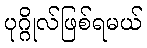
ပုဂ္ဂိုလ်ဖြစ်ရမယ်